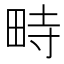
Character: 畤